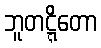
ဘူတဋ္ဋိတော